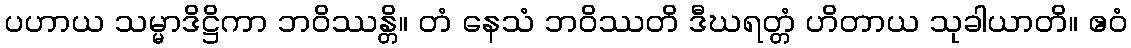
ပဟာယ သမ္မာဒိဋ္ဌိကာ ဘဝိဿန္တိ။ တံ နေသံ ဘဝိဿတိ ဒီဃရတ္တံ ဟိတာယ သုခါယာတိ။ ဧဝံ